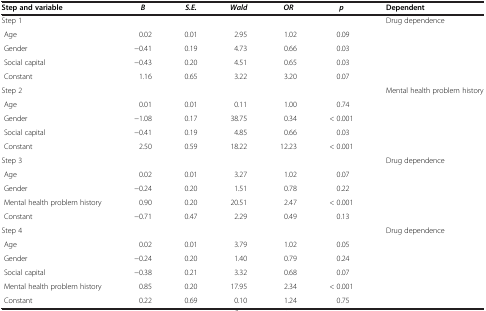
<table><thead><tr><td><b>Step and variable</b></td><td><b><i>B</i></b></td><td><b><i>S.E.</i></b></td><td><b><i>Wald</i></b></td><td><b><i>OR</i></b></td><td><b><i>p</i></b></td><td><b>Dependent</b></td></tr></thead><tbody><tr><td>Step 1</td><td> </td><td> </td><td> </td><td> </td><td> </td><td>Drug dependence</td></tr><tr><td> Age</td><td>0.02</td><td>0.01</td><td>2.95</td><td>1.02</td><td>0.09</td><td> </td></tr><tr><td> Gender</td><td>−0.41</td><td>0.19</td><td>4.73</td><td>0.66</td><td>0.03</td><td> </td></tr><tr><td> Social capital</td><td>−0.43</td><td>0.20</td><td>4.51</td><td>0.65</td><td>0.03</td><td> </td></tr><tr><td> Constant</td><td>1.16</td><td>0.65</td><td>3.22</td><td>3.20</td><td>0.07</td><td> </td></tr><tr><td>Step 2</td><td> </td><td> </td><td> </td><td> </td><td> </td><td>Mental health problem history</td></tr><tr><td> Age</td><td>0.01</td><td>0.01</td><td>0.11</td><td>1.00</td><td>0.74</td><td> </td></tr><tr><td> Gender</td><td>−1.08</td><td>0.17</td><td>38.75</td><td>0.34</td><td>&lt; 0.001</td><td> </td></tr><tr><td> Social capital</td><td>−0.41</td><td>0.19</td><td>4.85</td><td>0.66</td><td>0.03</td><td> </td></tr><tr><td> Constant</td><td>2.50</td><td>0.59</td><td>18.22</td><td>12.23</td><td>&lt; 0.001</td><td> </td></tr><tr><td>Step 3</td><td> </td><td> </td><td> </td><td> </td><td> </td><td>Drug dependence</td></tr><tr><td> Age</td><td>0.02</td><td>0.01</td><td>3.27</td><td>1.02</td><td>0.07</td><td> </td></tr><tr><td> Gender</td><td>−0.24</td><td>0.20</td><td>1.51</td><td>0.78</td><td>0.22</td><td> </td></tr><tr><td> Mental health problem history</td><td>0.90</td><td>0.20</td><td>20.51</td><td>2.47</td><td>&lt; 0.001</td><td> </td></tr><tr><td> Constant</td><td>−0.71</td><td>0.47</td><td>2.29</td><td>0.49</td><td>0.13</td><td> </td></tr><tr><td>Step 4</td><td> </td><td> </td><td> </td><td> </td><td> </td><td>Drug dependence</td></tr><tr><td> Age</td><td>0.02</td><td>0.01</td><td>3.79</td><td>1.02</td><td>0.05</td><td> </td></tr><tr><td> Gender</td><td>−0.24</td><td>0.20</td><td>1.40</td><td>0.79</td><td>0.24</td><td> </td></tr><tr><td> Social capital</td><td>−0.38</td><td>0.21</td><td>3.32</td><td>0.68</td><td>0.07</td><td> </td></tr><tr><td> Mental health problem history</td><td>0.85</td><td>0.20</td><td>17.95</td><td>2.34</td><td>&lt; 0.001</td><td> </td></tr><tr><td> Constant</td><td>0.22</td><td>0.69</td><td>0.10</td><td>1.24</td><td>0.75</td><td> </td></tr></tbody></table>